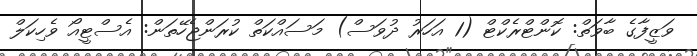
ވަޒީފާގެ ބާވަތް: ކޮންޓްރެކްޓް (1 އަހަރު ދުވަސް) މަސައްކަތް ކުރަންޖެހޭތަން: އެސްޓީއޯ ވެހިކަލް